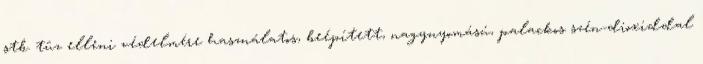
stb. tûz elleni védelmére használatos, beépített, nagynyomású, palackos szén-dioxiddal